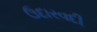
ઉદારવદી